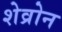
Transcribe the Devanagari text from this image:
शेव्रोन